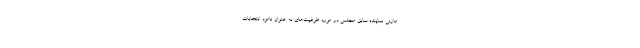
مازنی نماینده سابق مجلس در مورد ظرفیت‌های به عنوان نامزد انتخابات